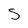
Character: s